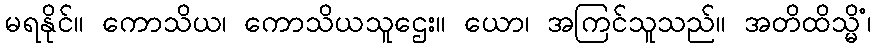
မရနိုင်။ ကောသိယ၊ ကောသိယသူဌေး။ ယော၊ အကြင်သူသည်။ အတိထိသ္မိံ၊